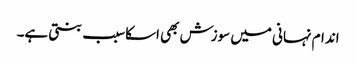
اندام نہانی میں سوزش بھی اسکاسبب بنتی ہے۔